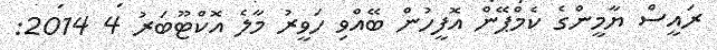
ރައީސް ޔާމީންގެ ކެމްޕޭން އޮފީހުން ބޭއްވި ހަވީރު މާލެ އޮކްޓޫބަރު 4 2014: